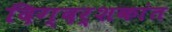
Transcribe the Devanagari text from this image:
दिग्दर्शकांत